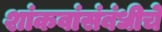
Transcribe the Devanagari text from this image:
शांकवांसंबंधीचे